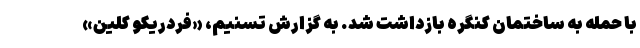
با حمله به ساختمان کنگره بازداشت شد. به گزارش تسنیم، «فردریکو کلِین»